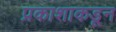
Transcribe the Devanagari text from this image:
प्रकाशाकडून